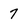
Character: 7